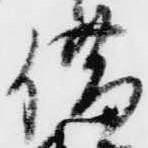
借